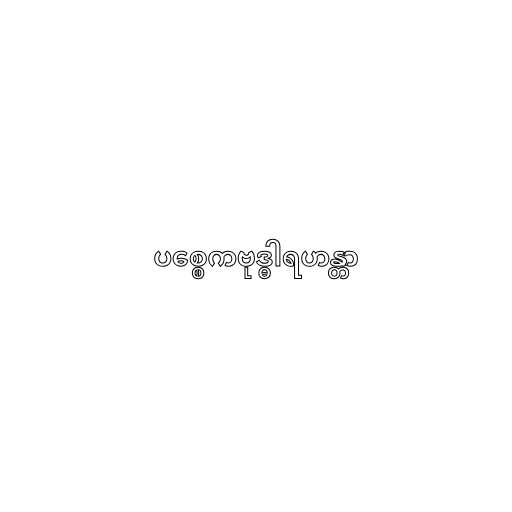
ပစ္စေကဗုဒ္ဓါရဟန္တာ